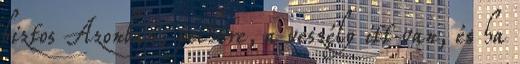
biztos Azonban, pechére, a veszély itt van, és ha